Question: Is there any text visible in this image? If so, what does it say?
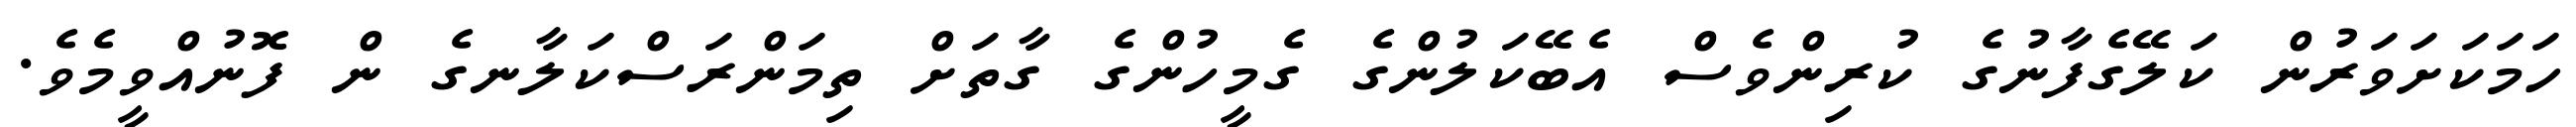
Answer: ހަމަކަށަވަރުން ކަލޭގެފާނުގެ ކުރިންވެސް އެބޭކަލުންގެ ގެމީހުންގެ ގާތަށް ތިމަންރަސްކަލާނގެ ން ފޮނުއްވީމެވެ.